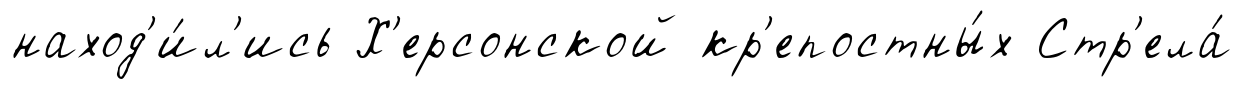
наход'и́л'ись Х'ерсонской кр'епостны́х Стр'ела́